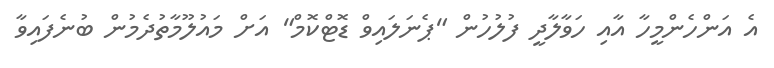
އެ އަންހެންމީހާ އާއި ހަވާލާދީ ފުލުހުން "ޕެނަލައިވް ޑޮޓްކޮމް" އަށް މައުލޫމާތުދެމުން ބުނެފައިވާ